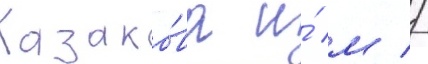
Казако́ва и́ м //